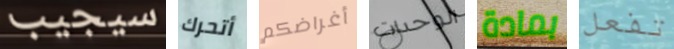
سيجيب أتحرك أغراضكم الوحدات بمادة تفعل